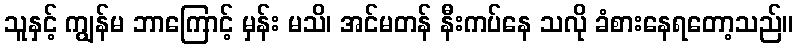
သူနှင့် ကျွန်မ ဘာကြောင့် မှန်း မသိ၊ အင်မတန် နီးကပ်နေ သလို ခံစားနေရတော့သည်။